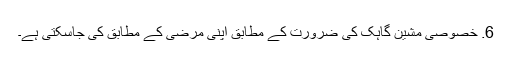
6. خصوصی مشین گاہک کی ضرورت کے مطابق اپنی مرضی کے مطابق کی جاسکتی ہے۔